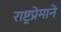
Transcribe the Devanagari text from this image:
राष्ट्रप्रेमाने